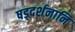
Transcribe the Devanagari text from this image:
षड्दर्शनानि